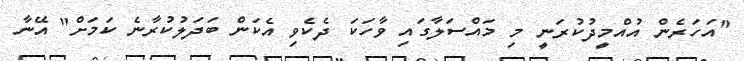
"އަހަރެން އުއްމީދުކުރަނީ މި މައްސަލާގައި ވާހަކަ ދެކެވި އެކަން ބަދަލުކުރާނެ ކަމަށް" އޭނާ